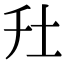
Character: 圱